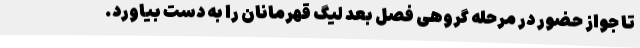
تا جواز حضور در مرحله گروهی فصل بعد لیگ قهرمانان را به دست بیاورد.